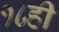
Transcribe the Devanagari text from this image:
१८ही